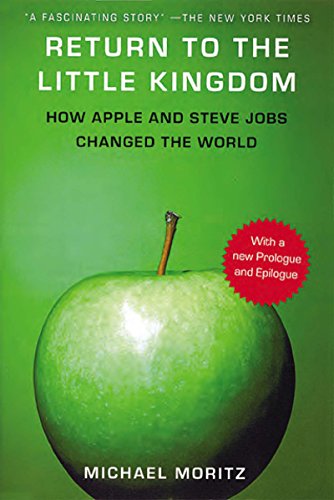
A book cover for Return to the Little Kingdom: Steve Jobs and the Creation of Apple; Michael Moritz; Computers & Technology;